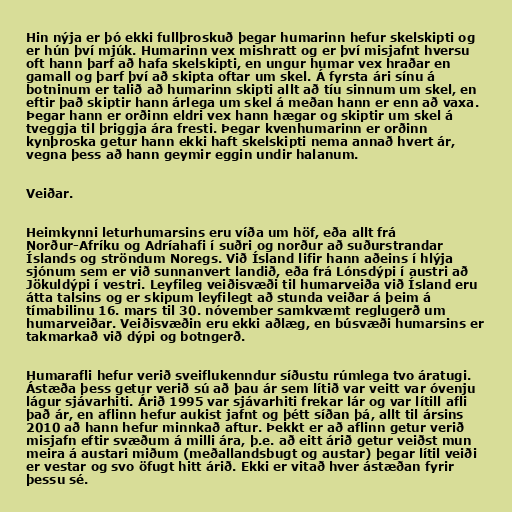
Hin nýja er þó ekki fullþroskuð þegar humarinn hefur skelskipti og
er hún því mjúk. Humarinn vex mishratt og er því misjafnt hversu
oft hann þarf að hafa skelskipti, en ungur humar vex hraðar en
gamall og þarf því að skipta oftar um skel. Á fyrsta ári sínu á
botninum er talið að humarinn skipti allt að tíu sinnum um skel, en
eftir það skiptir hann árlega um skel á meðan hann er enn að vaxa.
Þegar hann er orðinn eldri vex hann hægar og skiptir um skel á
tveggja til þriggja ára fresti. Þegar kvenhumarinn er orðinn
kynþroska getur hann ekki haft skelskipti nema annað hvert ár,
vegna þess að hann geymir eggin undir halanum.

Veiðar.

Heimkynni leturhumarsins eru víða um höf, eða allt frá
Norður-Afríku og Adríahafi í suðri og norður að suðurstrandar
Íslands og ströndum Noregs. Við Ísland lifir hann aðeins í hlýja
sjónum sem er við sunnanvert landið, eða frá Lónsdýpi í austri að
Jökuldýpi í vestri. Leyfileg veiðisvæði til humarveiða við Ísland eru
átta talsins og er skipum leyfilegt að stunda veiðar á þeim á
tímabilinu 16. mars til 30. nóvember samkvæmt reglugerð um
humarveiðar. Veiðisvæðin eru ekki aðlæg, en búsvæði humarsins er
takmarkað við dýpi og botngerð.

Humarafli hefur verið sveiflukenndur síðustu rúmlega tvo áratugi.
Ástæða þess getur verið sú að þau ár sem lítið var veitt var óvenju
lágur sjávarhiti. Árið 1995 var sjávarhiti frekar lár og var lítill afli
það ár, en aflinn hefur aukist jafnt og þétt síðan þá, allt til ársins
2010 að hann hefur minnkað aftur. Þekkt er að aflinn getur verið
misjafn eftir svæðum á milli ára, þ.e. að eitt árið getur veiðst mun
meira á austari miðum (meðallandsbugt og austar) þegar lítil veiði
er vestar og svo öfugt hitt árið. Ekki er vitað hver ástæðan fyrir
þessu sé.